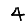
Digit: 4